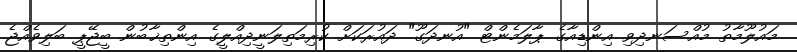
މައުލޫމާތު މުއްސަނދިވި އިންޑިއާގެ ޕާލަމެންޓް "އުނދަގޫ" ދައުރަކަށް ކުރިމަތިލަނީދިއްލީގެ އިންތިޚާބުން ބީޖޭޕީ ބަލިވެއްޖެ